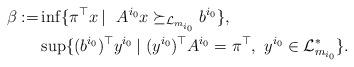
LaTeX: \begin{align*}\beta:=&\inf\{\pi^{\top}x\, | \ \ A^{i_0}x\succeq_{\mathcal{L}_{m_{i_0}}} b^{i_0} \},\\&\sup\{(b^{i_0})^{\top}y^{i_0}\, | \ (y^{i_0})^{\top}A^{i_0} = \pi^{\top}, \ y^{i_0}\in \mathcal{L}^*_{m_{i_0}}\}.\end{align*}